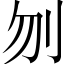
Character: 刎